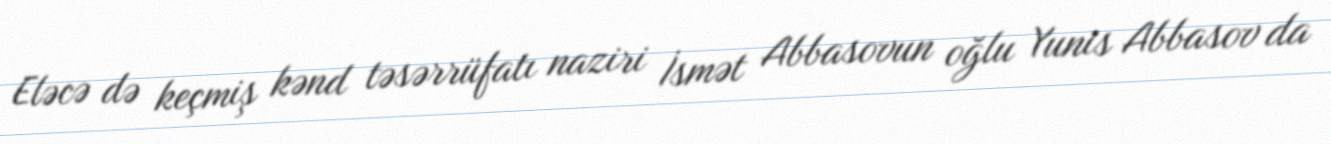
Eləcə də keçmiş kənd təsərrüfatı naziri İsmət Abbasovun oğlu Yunis Abbasov da